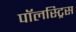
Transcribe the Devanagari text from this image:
पॉलस्ट्रिस